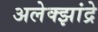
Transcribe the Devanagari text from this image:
अलेक्झांद्रे